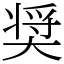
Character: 奨